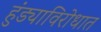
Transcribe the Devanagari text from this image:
हुंड्याविरोधात